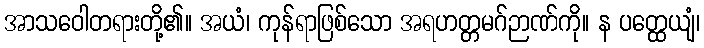
အာသဝေါတရားတို့၏။ အယံ၊ ကုန်ရာဖြစ်သော အရဟတ္တမဂ်ဉာဏ်ကို။ န ပတ္ထေယျံ၊